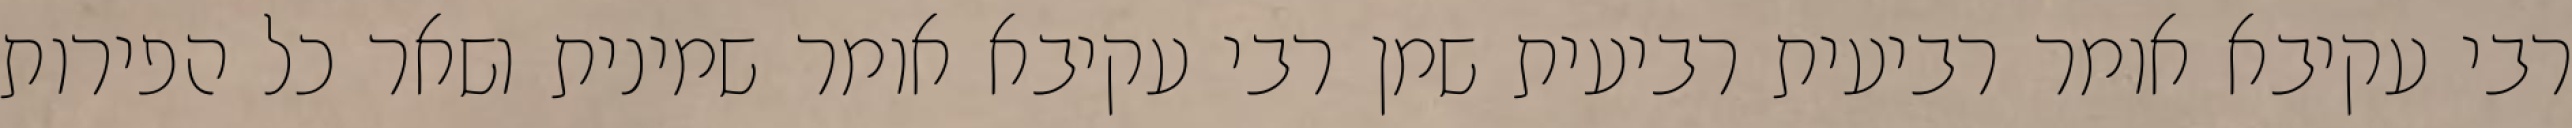
רבי עקיבא אומר רביעית רביעית שמן רבי עקיבא אומר שמינית ושאר כל הפירות